Problem: 14 + 42 = ?
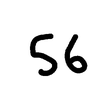
Handwritten answer: 56